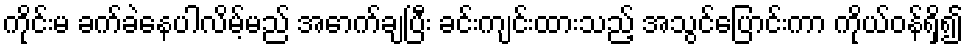
ကိုင်းမ ခက်ခဲနေပါလိမ့်မည် အောက်ချပြီး ခင်းကျင်းထားသည့် အသွင်ပြောင်းကာ ကိုယ်ဝန်ရှိ၍